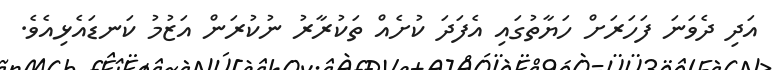
އަދި ދެވަނަ ފަހަރަށް ހަޔާތުގައި އެފަދަ ކުށެއް ތަކުރާރު ނުކުރަން އަޒުމު ކަނޑައެޅިއެވެ.